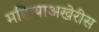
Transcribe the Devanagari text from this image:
महिन्याअखेरीस